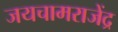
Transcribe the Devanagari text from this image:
जयचामराजेंद्र